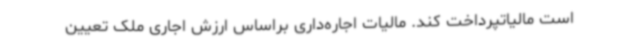
است مالیاتپرداخت کند. مالیات اجاره‌داری براساس ارزش اجاری ملک تعیین